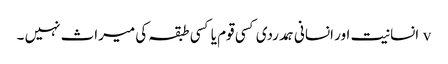
v	انسانیت اور انسانی ہمدردی کسی قوم یا کسی طبقہ کی میراث نہیں ۔